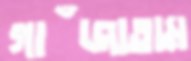
গাঁজাতাম